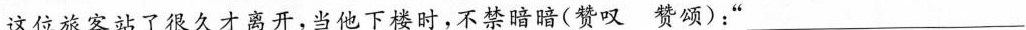
这位旅客站了很久才离开，当他下楼时，不禁暗暗(赞叹 赞颂)：”___